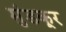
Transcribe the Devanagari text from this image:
मुंडकूर